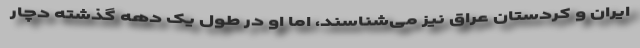
ایران و کردستان عراق نیز می‌شناسند، اما او در طول یک دهه گذشته دچار